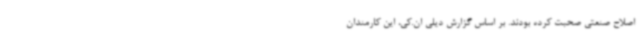
اصلاح صنعتی صحبت کرده بودند. بر اساس گزارش دیلی ان.کی، این کارمندان